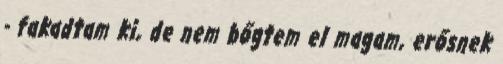
- fakadtam ki, de nem bőgtem el magam, erősnek